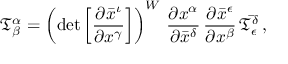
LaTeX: { \mathfrak { T } } _ { \beta } ^ { \alpha } = \left( \operatorname* { d e t } { \left[ { \frac { \partial { \bar { x } } ^ { \iota } } { \partial { x } ^ { \gamma } } } \right] } \right) ^ { W } \, { \frac { \partial { x } ^ { \alpha } } { \partial { \bar { x } } ^ { \delta } } } \, { \frac { \partial { \bar { x } } ^ { \epsilon } } { \partial { x } ^ { \beta } } } \, { \bar { \mathfrak { T } } } _ { \epsilon } ^ { \delta } \, ,